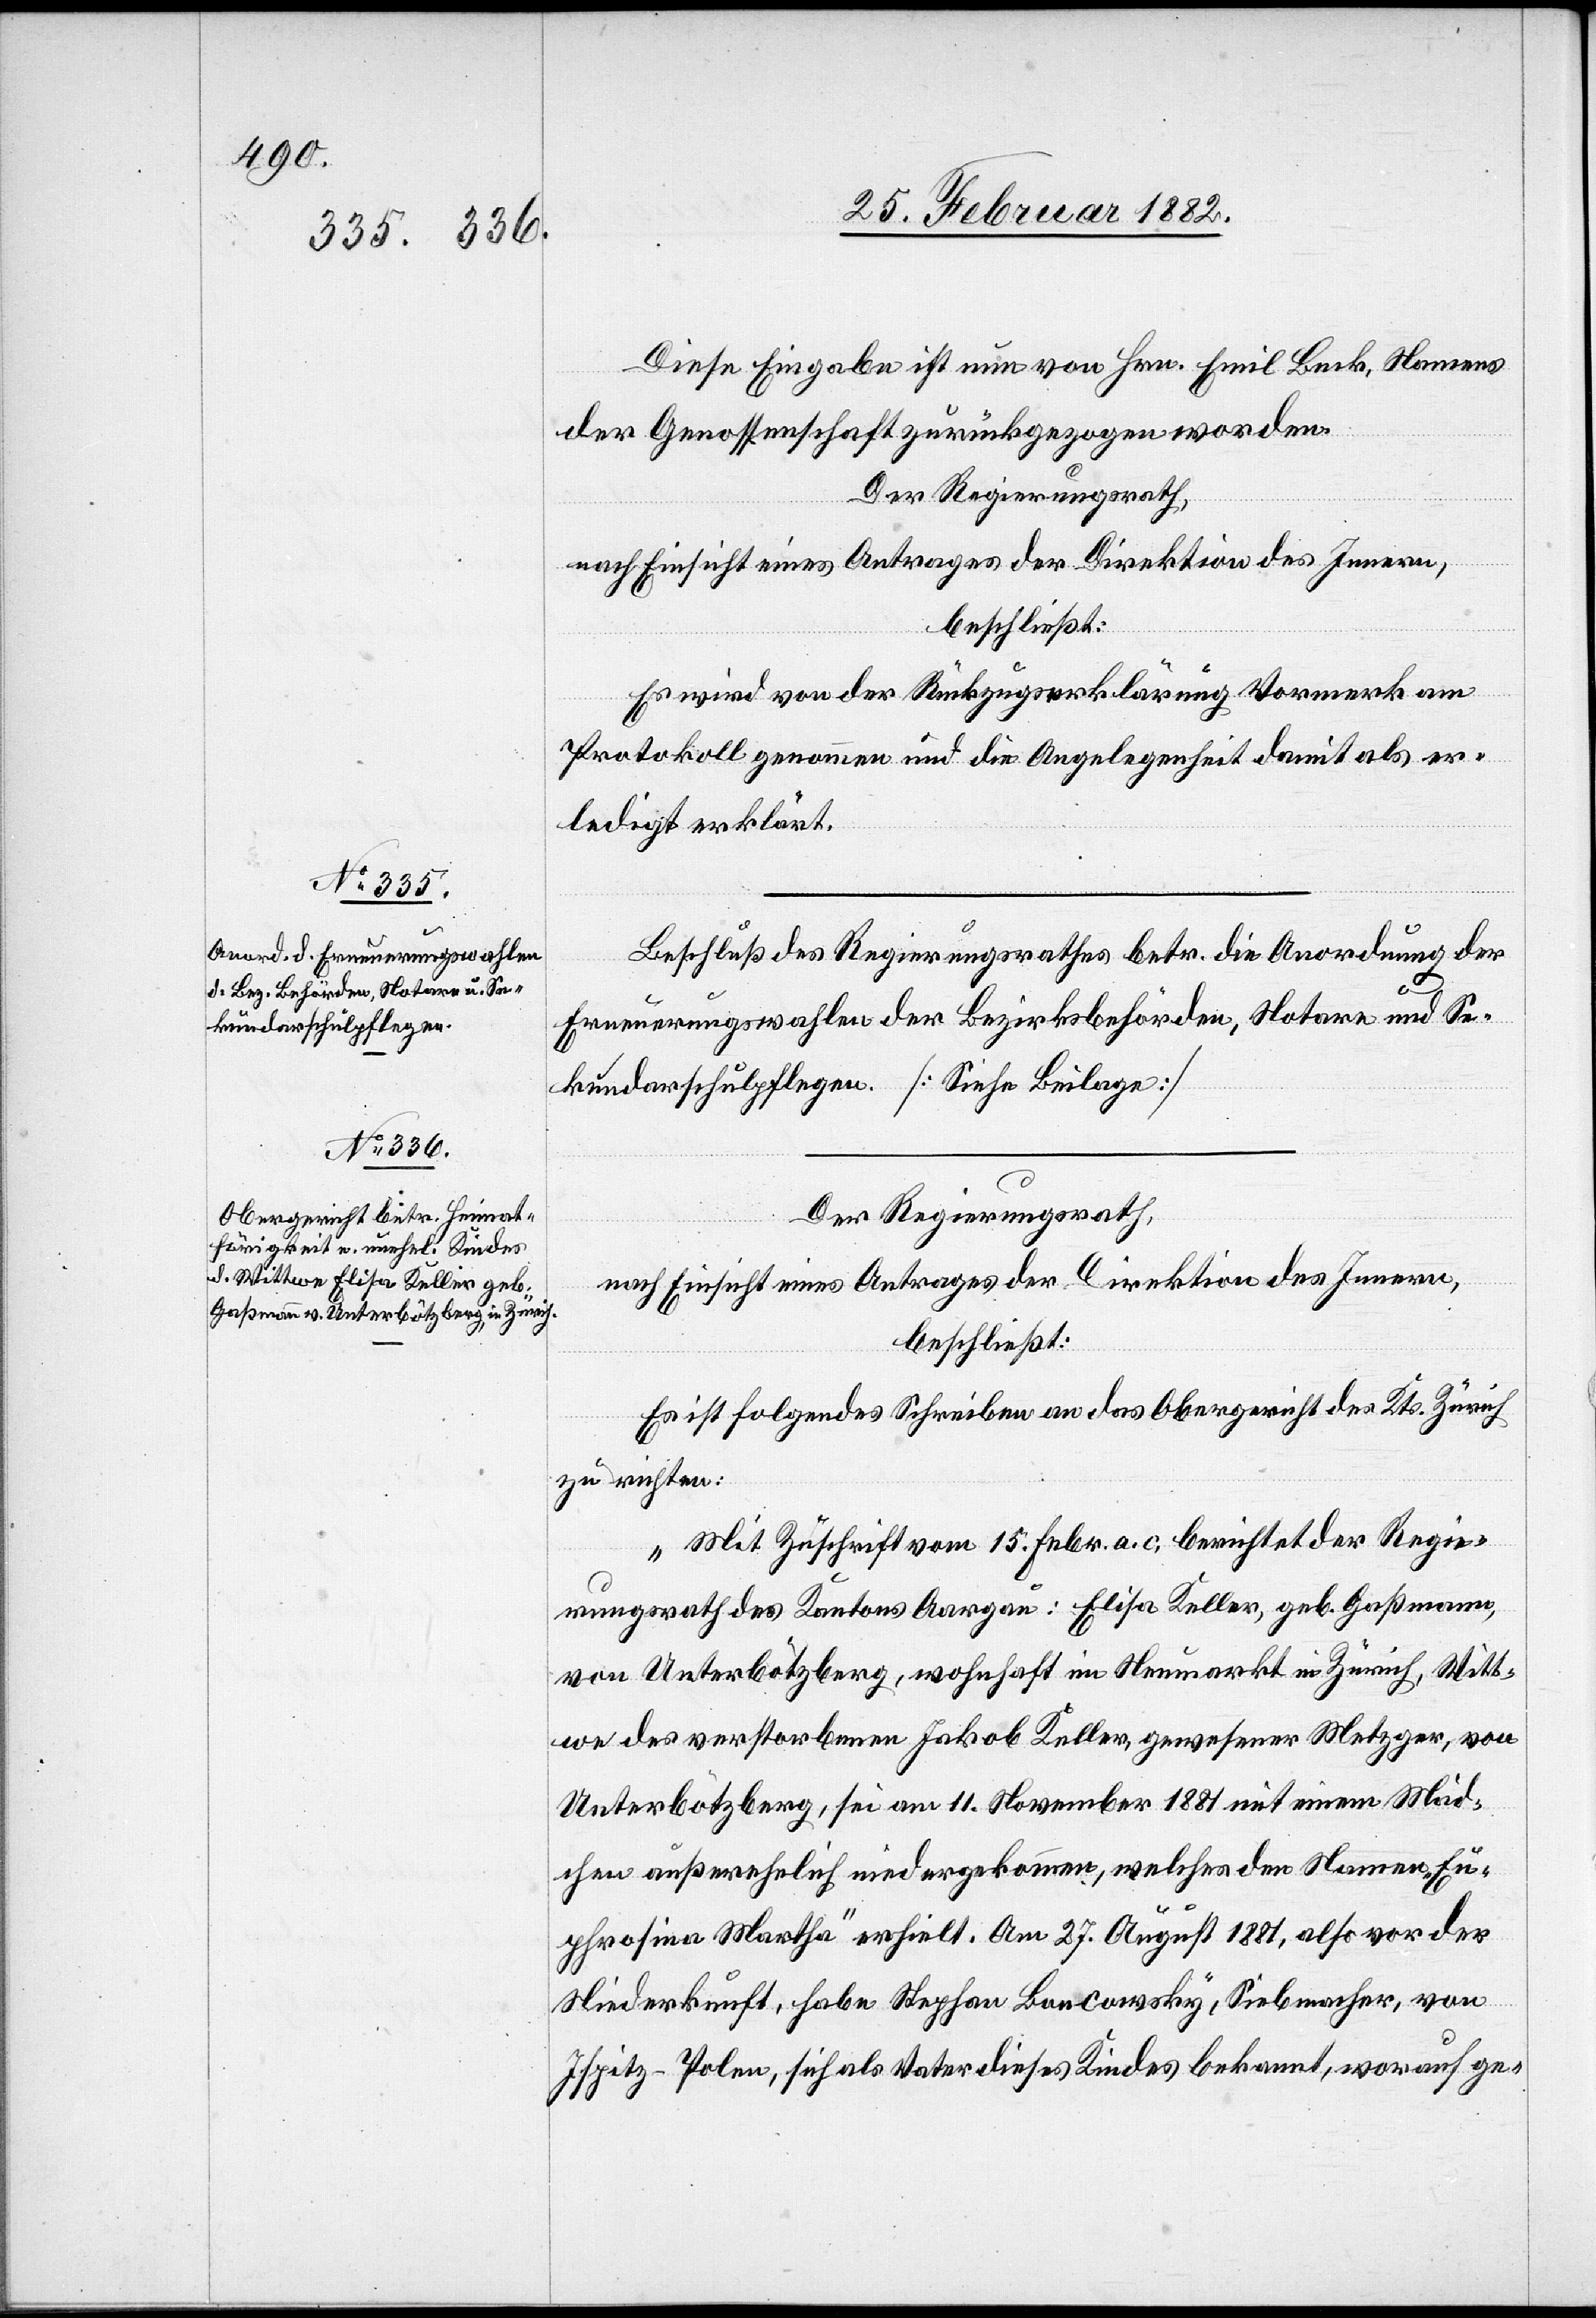
Diese Eingabe ist nun von Hrn. Emil Beck, Namens
der Genossenschaft zurückgezogen worden.
Der Regierungsrath,
nach Einsicht eines Antrages der Direktion des Innern,
beschließt;
Es wird von der Rückzugserklärung Vormerk am
Protokoll genommen und die Angelegenheit damit als er¬
ledigt erklärt.
Beschluß des Regierungsrathes betr. die Anordnung der
Erneuerungswahlen der Bezirksbehörde, Notare und Se¬
kundarschulpflege. [Siehe Beilage]
Der Regierungsrath,
nach Einsicht eines Antrages der Direktion des Innern,
beschließt:
Es ist folgendes Schreiben an das Obergericht des Kts. Zürich
zu richten:
„Mit Zuschrift vom 15. Febr. a. c. berichtet der Regie¬
rungsrath des Kantons Aargau: Elise Keller, geb. Gaßmann,
von Unterbötzberg, wohnhaft im Neumarkt in Zürich, Witt¬
we des verstorbenen Jakob Keller, gewesener Metzger, von
Unterbötzberg, sei am 11. November 1881 mit einem Mäd¬
chen außerehelich niedergekommen, welches den Namen „Eu¬
phrosina Martha“ erhielt. Am 27. August 1881, also vor der
Niederkunft, habe Stephan Boncowsky, Siebmacher, von
Ispitz - Polen, sich als Vater dieses Kindes bekannt, worauf ge-